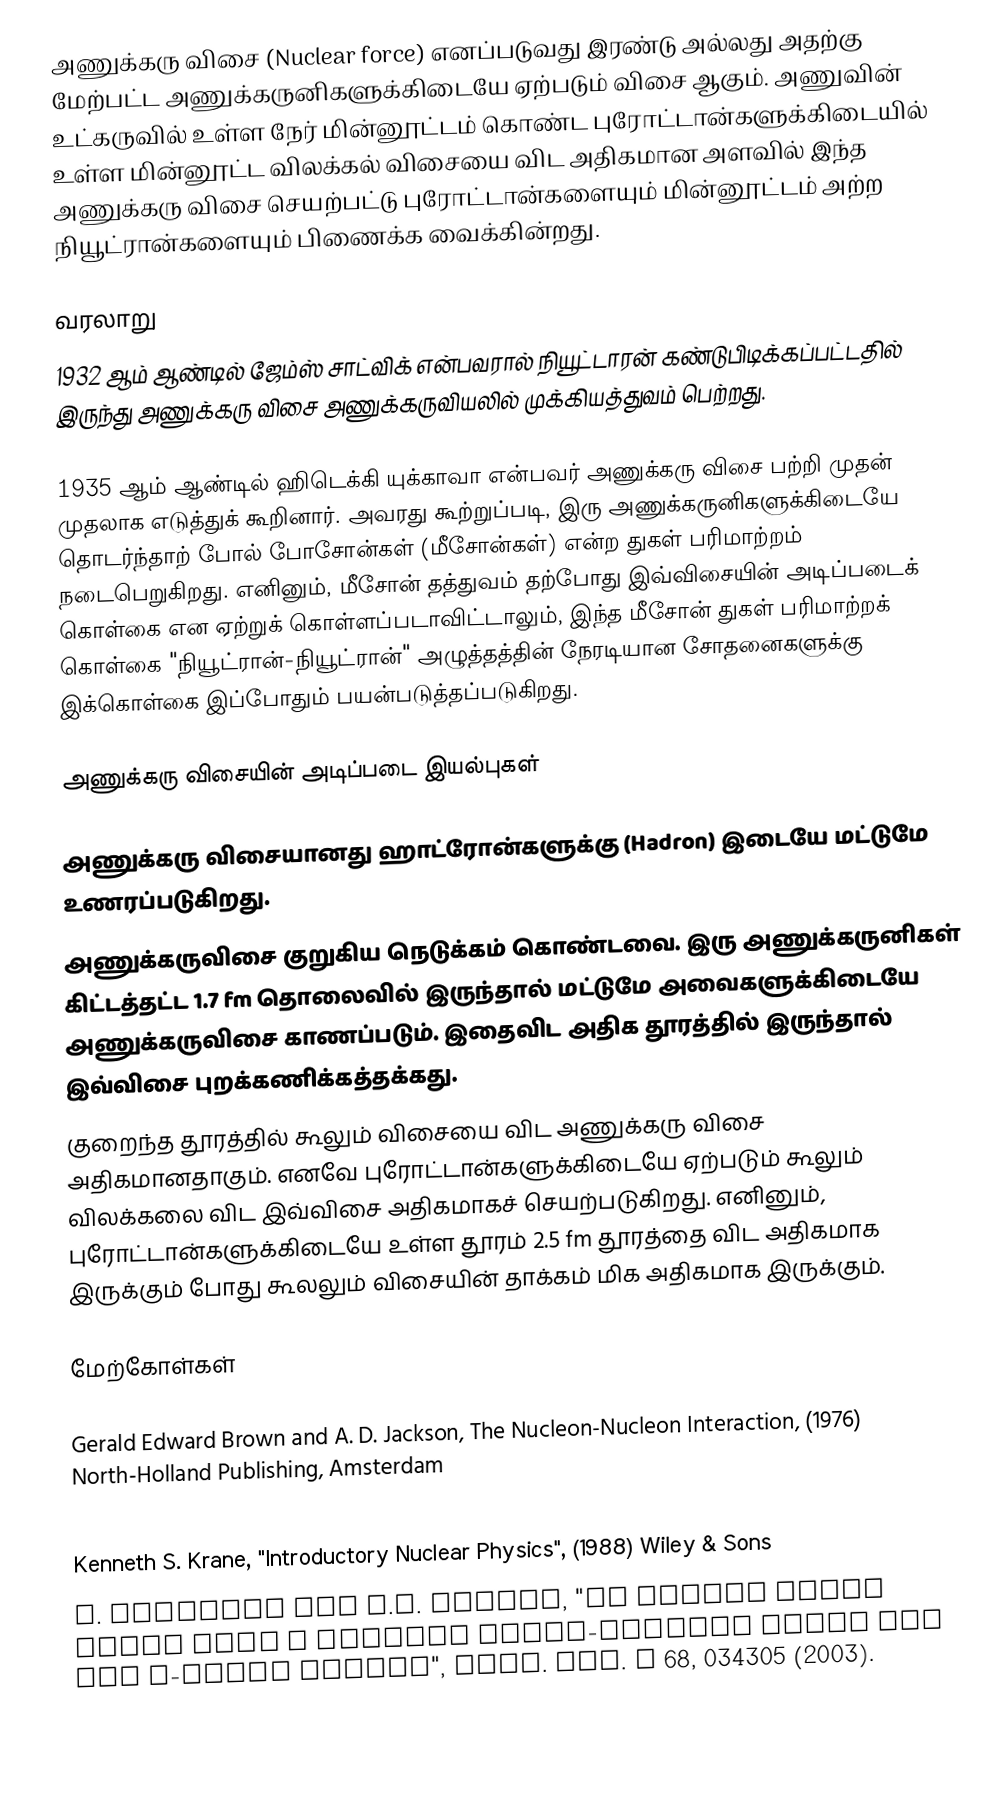
அணுக்கரு விசை (Nuclear force) எனப்படுவது இரண்டு அல்லது அதற்கு மேற்பட்ட அணுக்கருனிகளுக்கிடையே ஏற்படும் விசை ஆகும். அணுவின் உட்கருவில் உள்ள நேர் மின்னூட்டம் கொண்ட புரோட்டான்களுக்கிடையில் உள்ள மின்னூட்ட விலக்கல் விசையை விட அதிகமான அளவில் இந்த அணுக்கரு விசை செயற்பட்டு புரோட்டான்களையும் மின்னூட்டம் அற்ற நியூட்ரான்களையும் பிணைக்க வைக்கின்றது.

வரலாறு
1932 ஆம் ஆண்டில் ஜேம்ஸ் சாட்விக் என்பவரால் நியூட்டாரன் கண்டுபிடிக்கப்பட்டதில் இருந்து அணுக்கரு விசை அணுக்கருவியலில் முக்கியத்துவம் பெற்றது.

1935 ஆம் ஆண்டில் ஹிடெக்கி யுக்காவா என்பவர் அணுக்கரு விசை பற்றி முதன் முதலாக எடுத்துக் கூறினார். அவரது கூற்றுப்படி, இரு அணுக்கருனிகளுக்கிடையே தொடர்ந்தாற் போல் போசோன்கள் (மீசோன்கள்) என்ற துகள் பரிமாற்றம் நடைபெறுகிறது. எனினும், மீசோன் தத்துவம் தற்போது இவ்விசையின் அடிப்படைக் கொள்கை என ஏற்றுக் கொள்ளப்படாவிட்டாலும், இந்த மீசோன் துகள் பரிமாற்றக் கொள்கை "நியூட்ரான்-நியூட்ரான்" அழுத்தத்தின் நேரடியான சோதனைகளுக்கு இக்கொள்கை இப்போதும் பயன்படுத்தப்படுகிறது.

அணுக்கரு விசையின் அடிப்படை இயல்புகள்

 அணுக்கரு விசையானது ஹாட்ரோன்களுக்கு (Hadron) இடையே மட்டுமே உணரப்படுகிறது.
 அணுக்கருவிசை குறுகிய நெடுக்கம் கொண்டவை. இரு அணுக்கருனிகள் கிட்டத்தட்ட 1.7 fm தொலைவில் இருந்தால் மட்டுமே அவைகளுக்கிடையே அணுக்கருவிசை காணப்படும். இதைவிட அதிக தூரத்தில் இருந்தால் இவ்விசை புறக்கணிக்கத்தக்கது.
 குறைந்த தூரத்தில் கூலும் விசையை விட அணுக்கரு விசை அதிகமானதாகும். எனவே புரோட்டான்களுக்கிடையே ஏற்படும் கூலும் விலக்கலை விட இவ்விசை அதிகமாகச் செயற்படுகிறது. எனினும், புரோட்டான்களுக்கிடையே உள்ள தூரம் 2.5 fm தூரத்தை விட அதிகமாக இருக்கும் போது கூலலும் விசையின் தாக்கம் மிக அதிகமாக இருக்கும்.

மேற்கோள்கள்

 Gerald Edward Brown and A. D. Jackson, The Nucleon-Nucleon Interaction, (1976) North-Holland Publishing, Amsterdam
 R. Machleidt and I. Slaus, "The nucleon-nucleon interaction", J. Phys. G 27 (2001) R69 (topical review).
 Kenneth S. Krane, "Introductory Nuclear Physics", (1988) Wiley & Sons
 P. Navrátil and W.E. Ormand, "Ab initio shell model with a genuine three-nucleon force for the p-shell nuclei", Phys. Rev. C 68, 034305 (2003).